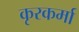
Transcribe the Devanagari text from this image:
कृरकर्मा